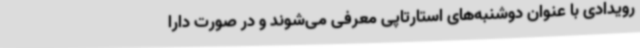
رویدادی با عنوان دوشنبه‌های استارتاپی معرفی می‌شوند و در صورت دارا